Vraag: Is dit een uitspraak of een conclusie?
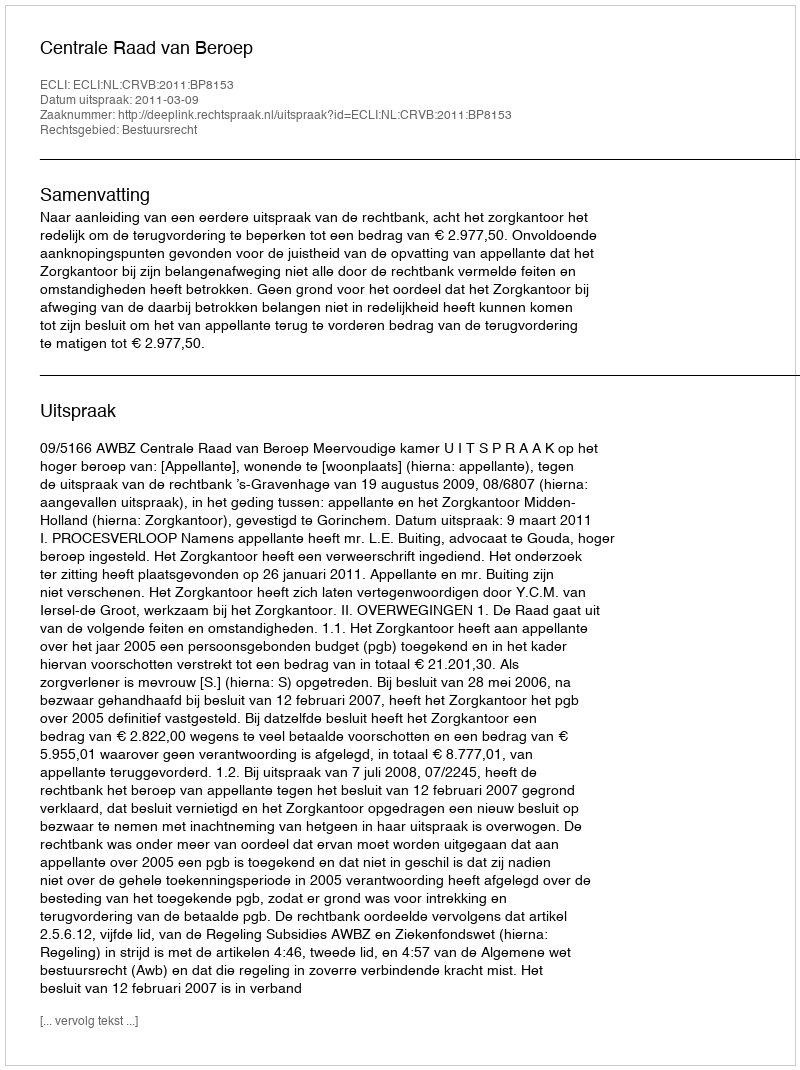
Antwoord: Uitspraak